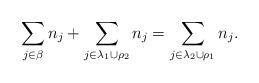
LaTeX: \begin{align*}\sum_{j\in\beta}n_j+\sum_{j\in\lambda_1\cup\rho_2}n_j=\sum_{j\in\lambda_2\cup\rho_1}n_j.\end{align*}